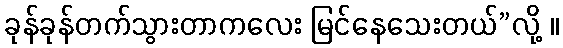
ခုန်ခုန်တက်သွားတာကလေး မြင်နေသေးတယ်”လို့ ။